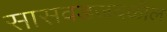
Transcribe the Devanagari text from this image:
सासवडजवळील